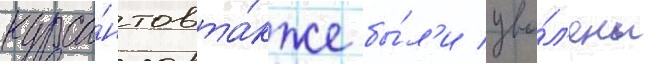
курса́нтов та́кже бы́л'и уво́л'ены